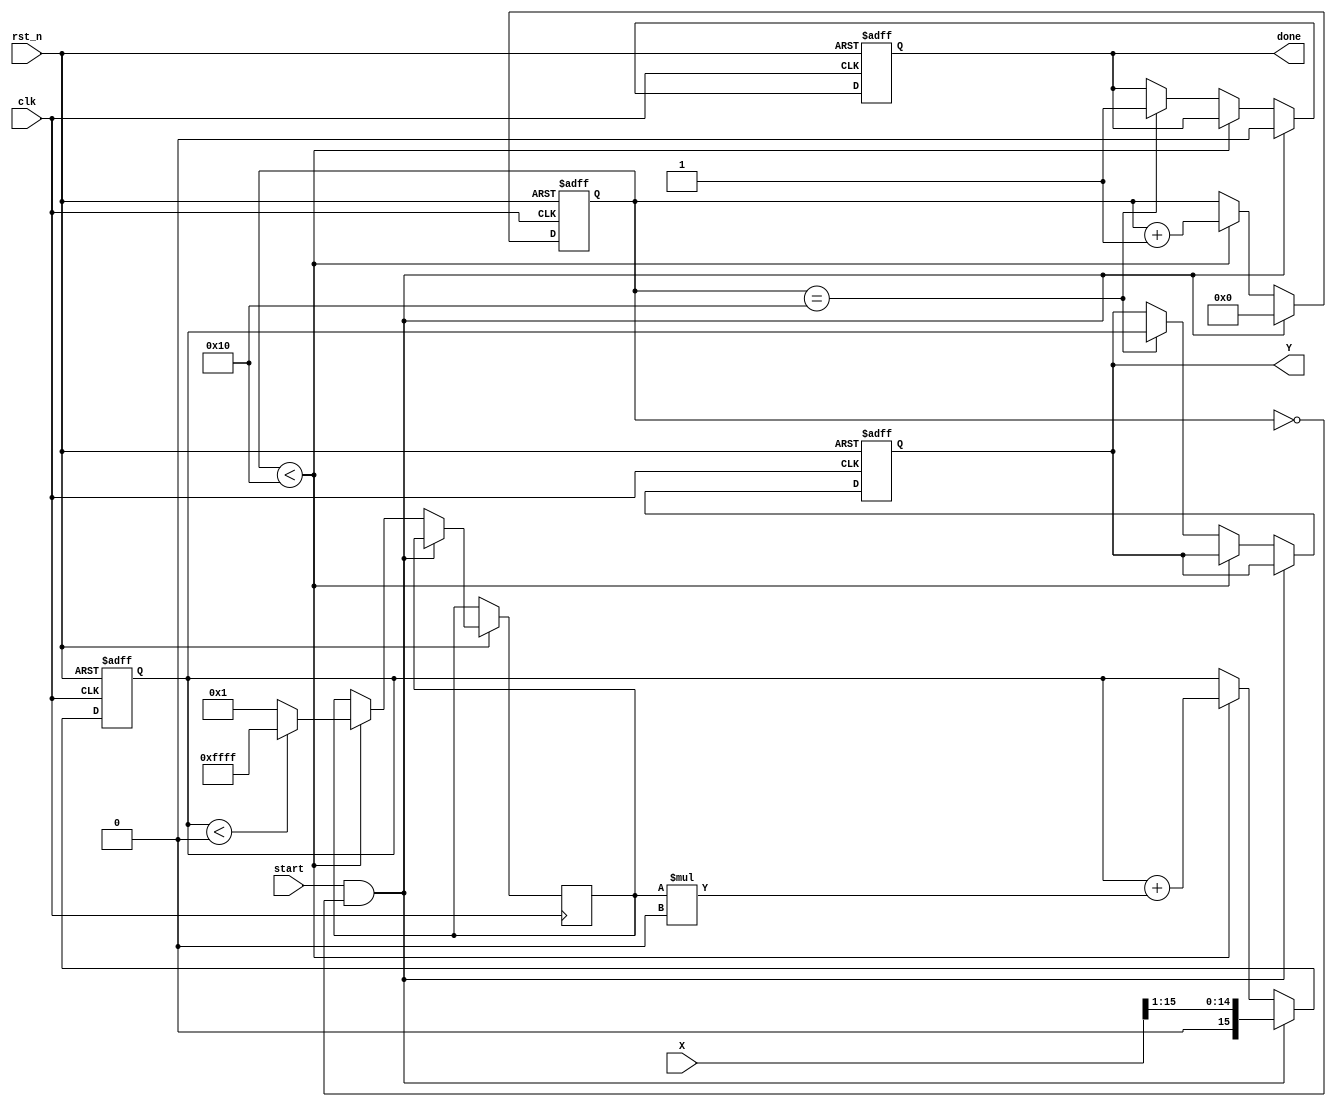
module cordic_sqrt #(
    parameter WIDTH = 16,      // Width of the input and output data
    parameter ITERATIONS = 16  // Number of iterations
)(
    input wire clk,
    input wire rst_n,
    input wire [WIDTH-1:0] X,  // Input: Positive fixed-point number
    input wire start,           // Start signal for calculation
    output reg [WIDTH-1:0] Y,   // Output: Square root of X
    output reg done             // Done signal
);

    // Internal registers
    reg [WIDTH-1:0] x_reg, y_reg; // Current values of x and y
    reg [4:0] iter_count;          // Iteration counter
    reg [WIDTH-1:0] power_of_two;  // 2^(-i) values
    reg signed [WIDTH-1:0] d;      // Direction of rotation

    // Precomputed values for 2^(-i) for i = 0 to ITERATIONS-1
    reg [WIDTH-1:0] k[0:ITERATIONS-1];
    initial begin
        k[0] = 16'h1; // 1
        k[1] = 16'hB; // Approximate value for K1
        k[2] = 16'h6; // Approximate value for K2
        k[3] = 16'h3; // Approximate value for K3
        k[4] = 16'h1; // Approximate value for K4
        // Continue filling k values for further iterations
        // ... (You can precompute these values based on CORDIC scaling factors)
    end

    // State machine
    always @(posedge clk or negedge rst_n) begin
        if (!rst_n) begin
            Y <= 0;
            done <= 0;
            iter_count <= 0;
            power_of_two <= 16'h1; // Start with 2^0
            x_reg <= 0;
            y_reg <= 0;
        end else begin
            if (start && (iter_count == 0)) begin
                // Initialization
                x_reg <= X;                   // Input value
                y_reg <= X >> 1;              // Initial guess Y0 = X / 2
                iter_count <= 0;              // Reset iteration counter
                power_of_two <= 16'h1;         // Reset power of two
                done <= 0;                    // Clear done flag
            end else if (iter_count < ITERATIONS) begin
                // CORDIC iterations
                d <= (y_reg < 0) ? -1 : 1; // Determine direction
                x_reg <= x_reg - (d * (y_reg * power_of_two >> WIDTH));
                y_reg <= y_reg + (d * (x_reg * power_of_two >> WIDTH));

                // Update power_of_two for next iteration
                power_of_two <= power_of_two >> 1;

                // Increment iteration count
                iter_count <= iter_count + 1;
            end else if (iter_count == ITERATIONS) begin
                // Final output assignment
                Y <= y_reg; // Output square root
                done <= 1;  // Set done signal
            end
        end
    end
endmodule